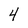
Character: 4